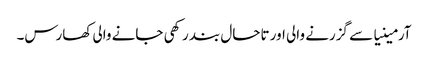
آرمینیا سے گزرنے والی اور تاحال بند رکھی جانے والی کھارس۔